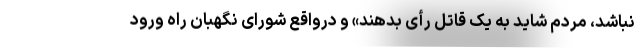
نباشد، مردم شاید به یک قاتل رأی بدهند» و درواقع شورای نگهبان راه ورود